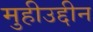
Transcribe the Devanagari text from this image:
मुहीउद्दीन